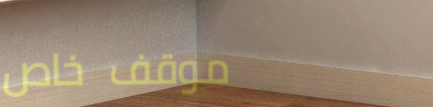
موقف خاص